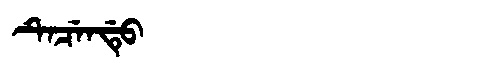
Manchu: ᡨᡝᠴᡝᠨᡩᡠ
Romanization: TECENDU